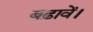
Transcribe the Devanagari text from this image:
बढ़ावें।